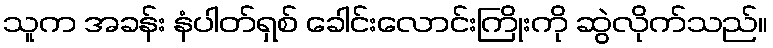
သူက အခန်း နံပါတ်ရှစ် ခေါင်းလောင်းကြိုးကို ဆွဲလိုက်သည်။